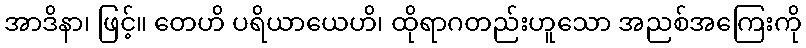
အာဒိနာ၊ ဖြင့်။ တေဟိ ပရိယာယေဟိ၊ ထိုရာဂတည်းဟူသော အညစ်အကြေးကို